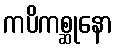
ကပိကစ္ဆုနော